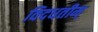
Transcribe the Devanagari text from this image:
विदधतीम्